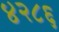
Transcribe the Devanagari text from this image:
४२८६